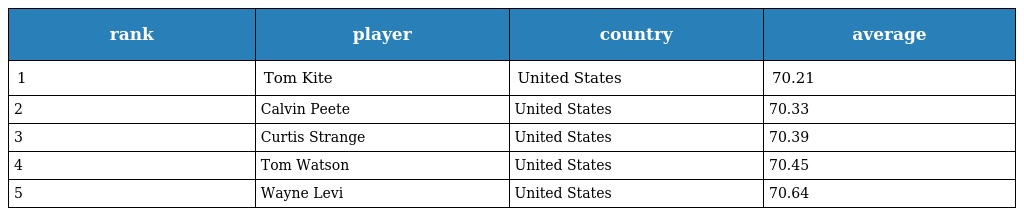
| rank | player | country | average |
 | --- | --- | --- | --- |
 | 1 | Tom Kite | United States | 70.21 |
 | 2 | Calvin Peete | United States | 70.33 |
 | 3 | Curtis Strange | United States | 70.39 |
 | 4 | Tom Watson | United States | 70.45 |
 | 5 | Wayne Levi | United States | 70.64 |